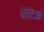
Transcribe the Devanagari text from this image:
पेंटिग्ज